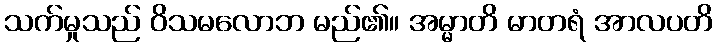
သက်မှုသည် ဝိသမလောဘ မည်၏။ အမ္မာတိ မာတရံ အာလပတိ